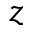
_ { z }